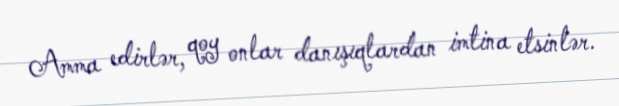
Amma edirlər, qoy onlar danışıqlardan imtina etsinlər.